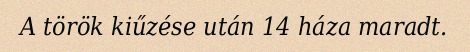
A török kiűzése után 14 háza maradt.